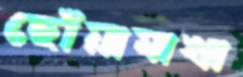
ছোঁয়ামাখা